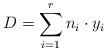
LaTeX: \begin{align*}D = \sum_{i = 1}^r n_i \cdot y_i \end{align*}